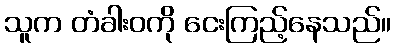
သူက တံခါးဝကို ငေးကြည့်နေသည်။